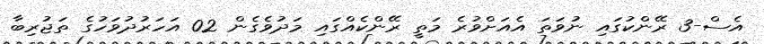
އެސް-3 ރޭންކުގައި ނުވަތަ އެއަށްވުރެ މަތީ ރޭންކެއްގައި މަދުވެގެން 02 އަހަރުދުވަހުގެ ތަޖުރިބާ